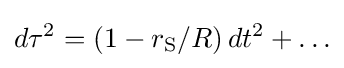
d\tau ^{2}=\left(1-r_{\text{S}}/R\right)dt^{2}+\ldots